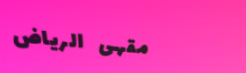
مقهى الرياض